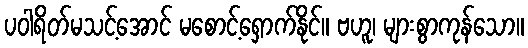
ပဝါရိတ်မသင့်အောင် မစောင့်ရှောက်နိုင်။ ဗဟူ၊ များစွာကုန်သော။